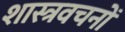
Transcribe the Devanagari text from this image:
शास्त्रवचनों